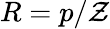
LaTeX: R=p/\mathcal{Z}